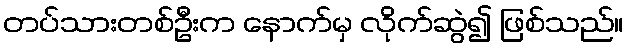
တပ်သားတစ်ဦးက နောက်မှ လိုက်ဆွဲ၍ ဖြစ်သည်။